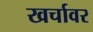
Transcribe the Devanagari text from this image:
खर्चावर